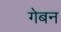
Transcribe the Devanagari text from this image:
गेबन